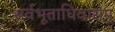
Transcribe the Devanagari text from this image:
सर्वभूताधिवासम्